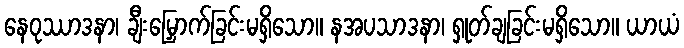
နေဝုဿာဒနာ၊ ချီးမြှောက်ခြင်းမရှိသော။ နအပသာဒနာ၊ ရှုတ်ချခြင်းမရှိသော။ ယာယံ